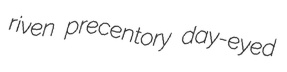
riven precentory day-eyed